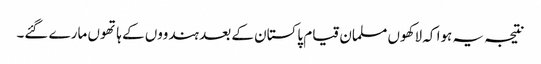
نتیجہ یہ ہوا کہ لاکھوں مسلمان قیام پاکستان کے بعد ہندووں کے ہاتھوں مارے گئے۔